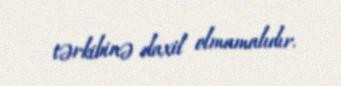
tərkibinə daxil olmamalıdır.